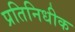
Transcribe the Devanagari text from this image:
प्रतिनिधीक